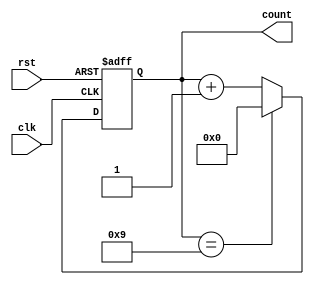
module BCD_counter (
    input clk,
    input rst,
    output reg [3:0] count
);

always @(posedge clk or posedge rst) begin
    if (rst) begin
        count <= 4'b0000;
    end else begin
        if (count == 4'b1001) begin
            count <= 4'b0000;
        end else begin
            count <= count + 1;
        end
    end
end

endmodule